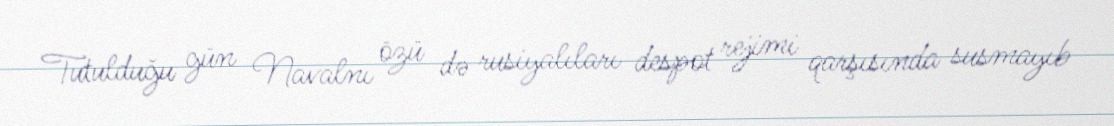
Tutulduğu gün Navalnı özü də rusiyalıları despot rejimi qarşısında susmayıb